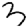
Digit: 3